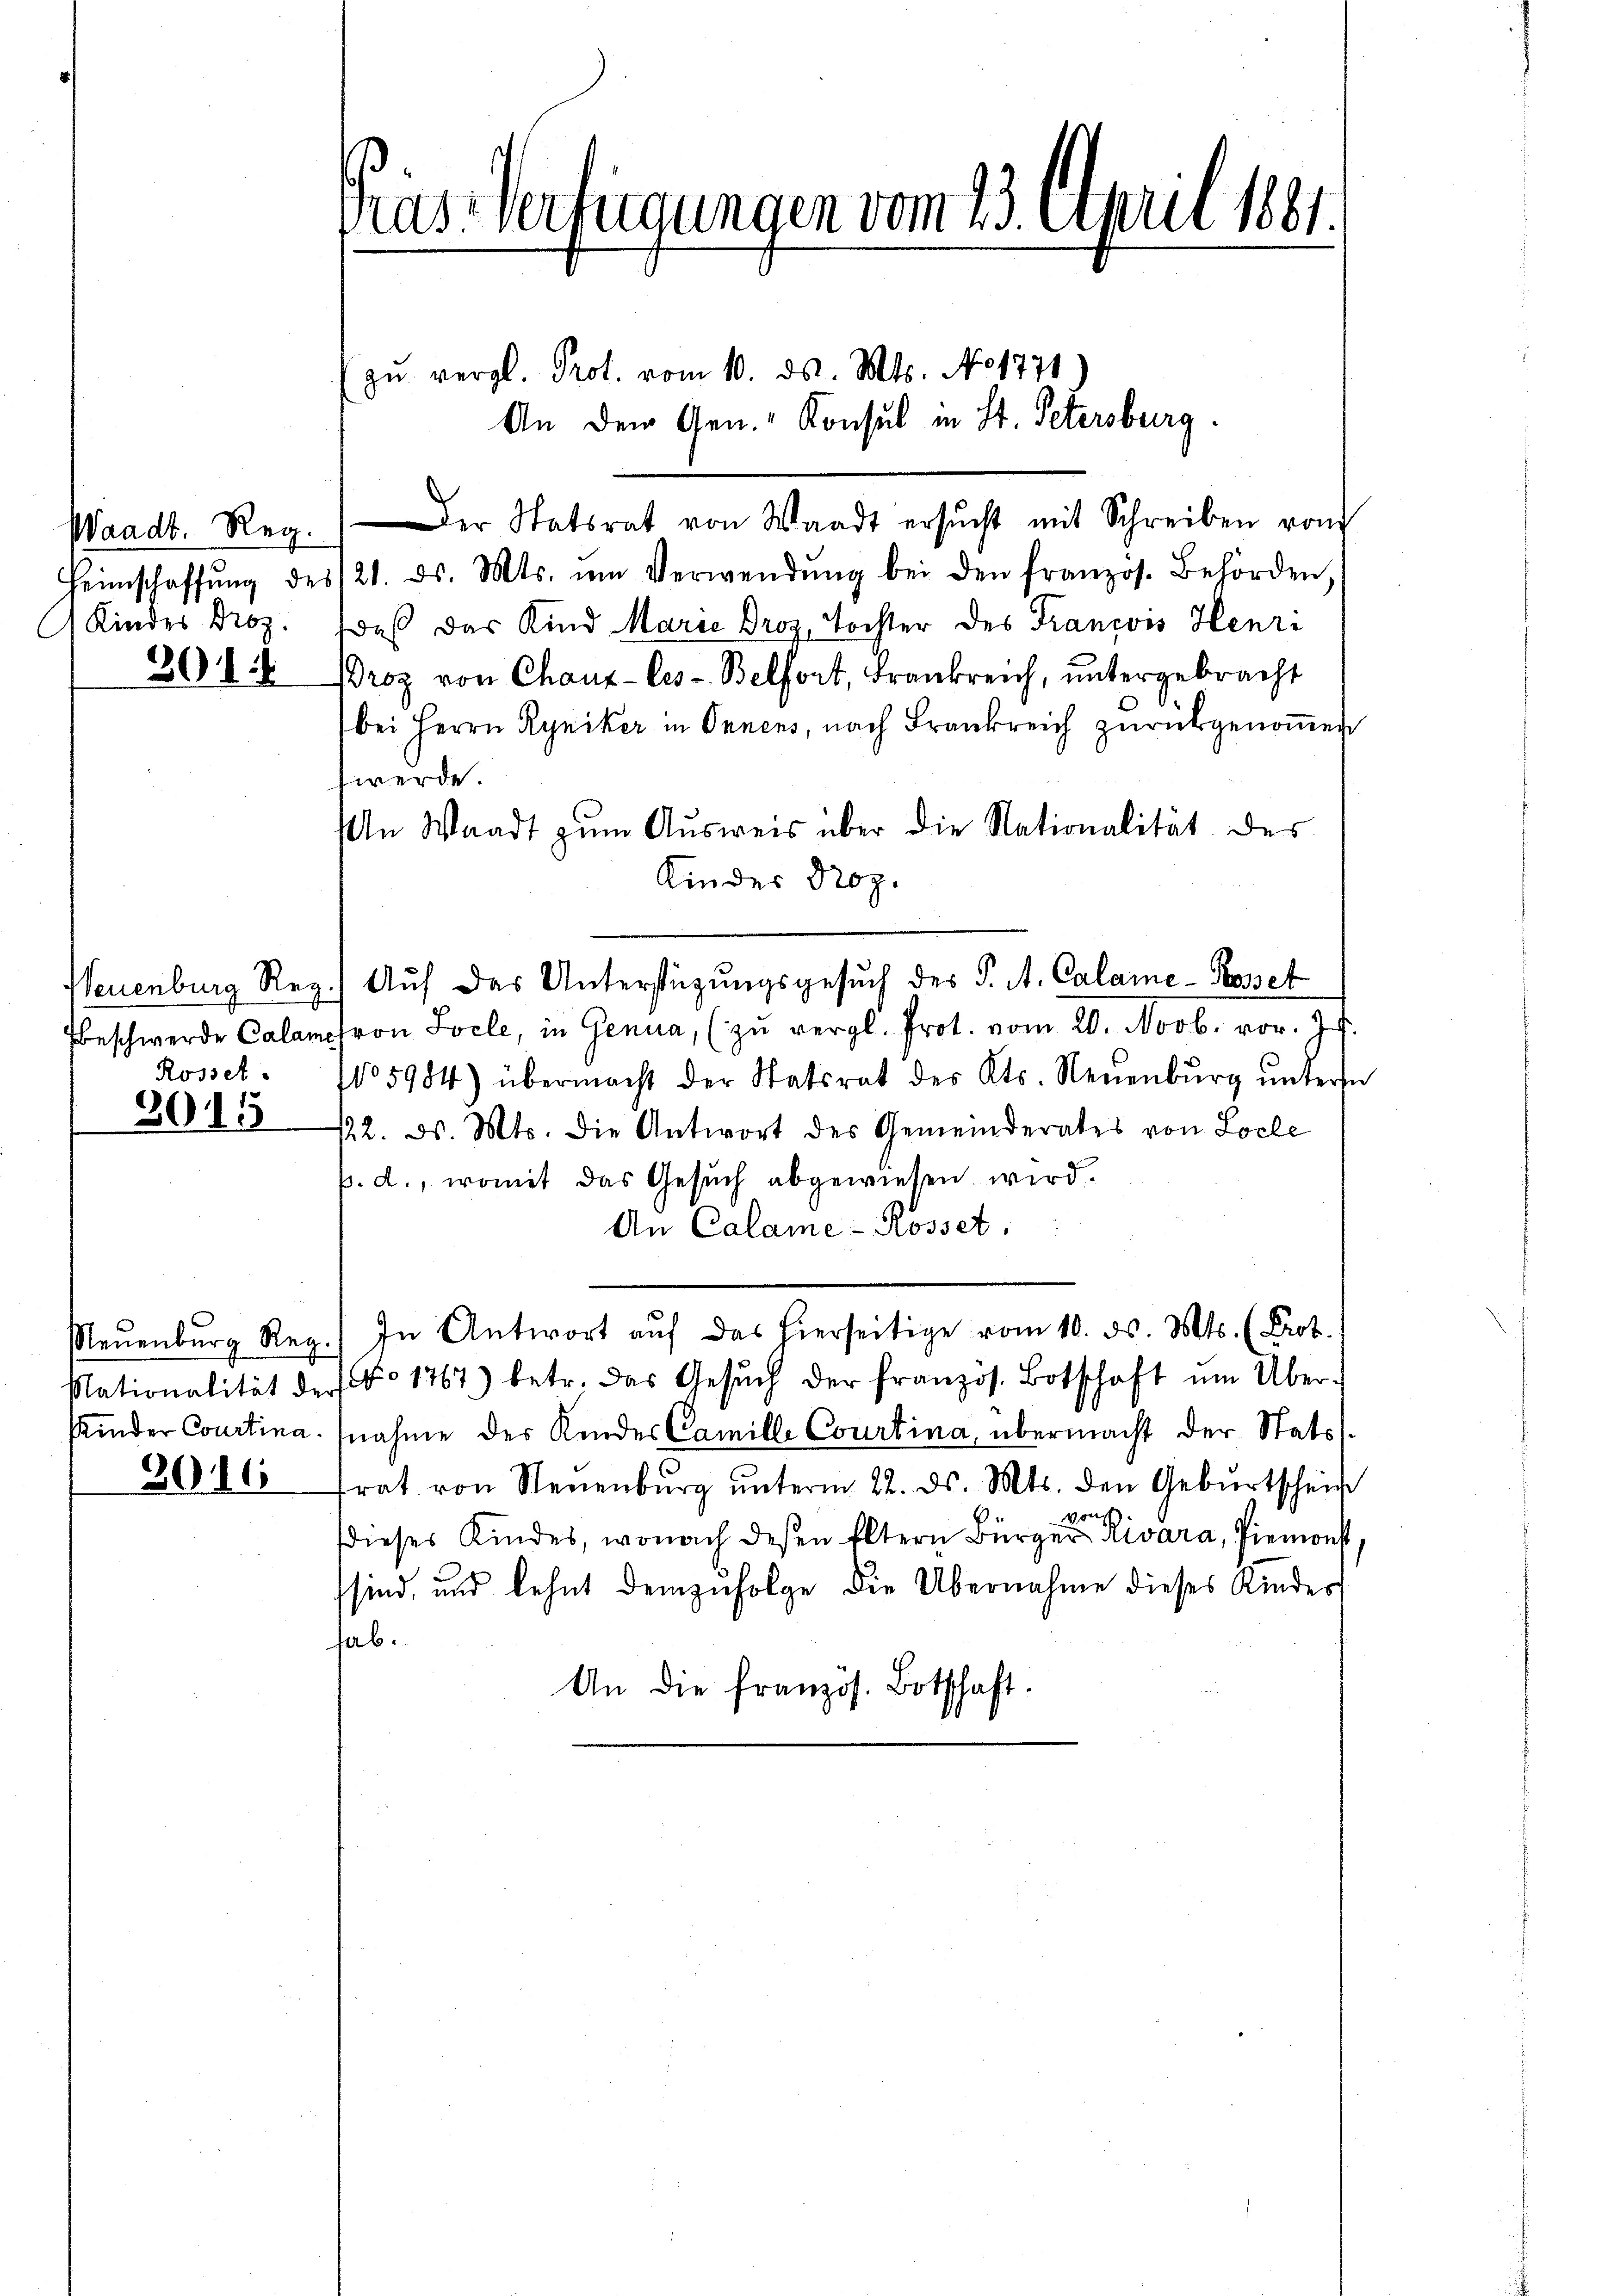
Waadt. Reg.
 Kindes Droz.

301

Rosset.

3015

3016

Pras Verfügungen vom 23. April 1881.

zŭ vergl. Prot. vom 10. ds. Mts. No 1771
An dem Gen. Konsul in St. Petersburg.
Der Statsrat von Waadt ersŭcht mit Schreiben vom
Heimschaffŭng des 121. ds. Mts. im Verwendŭng bei den französ. Behörden.
daß das Kind Marie Droz, Tochter des Francois Henri
Broz von Chaux-les-Belfort, Frankreich, untergebracht
bei Herrn Ryniker in Onnens, nach Frankreich zŭrückgenoṁen
werde
An Waadt zŭm Aŭsweis über die Nationalität des
Kinder Proz.
Neuenburg Rez.) Auf das Unterstützŭngsgesŭch des K. A. Calame-Roset
beschwerde Calameron Socle, in Genua, (zŭ vergl. Prot. vom 20. Novb. vor. Js.
No 5984) übermacht der Statsrat des Kts. Neŭenbŭrg ŭnterm
122. d. Mts. die Antwort des Gemeinderates von Loche
p.d., womit das Gesuch abgewiesen wird.
An Calame- Rosset.
Neŭenbŭrg Reg. In Antwort aŭf das hierseitige vom 10. ds. Mts. (Prot.
Nationalität der No 1767) betr. das Gesŭch der französ. Botschaft ŭm Über-
kinder Courtina nahme der Kinder Camille Courtina, übermacht der Stats
frat von Neuenbŭrg ŭnterm 22. ds. Mts. den Gebŭrtschein
gu
dieses Kindes, wonach deßen Eltern Bürger Rivara, Piemonst,
sind, und lehnt demzufolge die Übernahme dieses Kinders
hab.
An die französ. Botschaft.